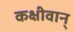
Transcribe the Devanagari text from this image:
कक्षीवान्‌